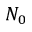
N _ { 0 }